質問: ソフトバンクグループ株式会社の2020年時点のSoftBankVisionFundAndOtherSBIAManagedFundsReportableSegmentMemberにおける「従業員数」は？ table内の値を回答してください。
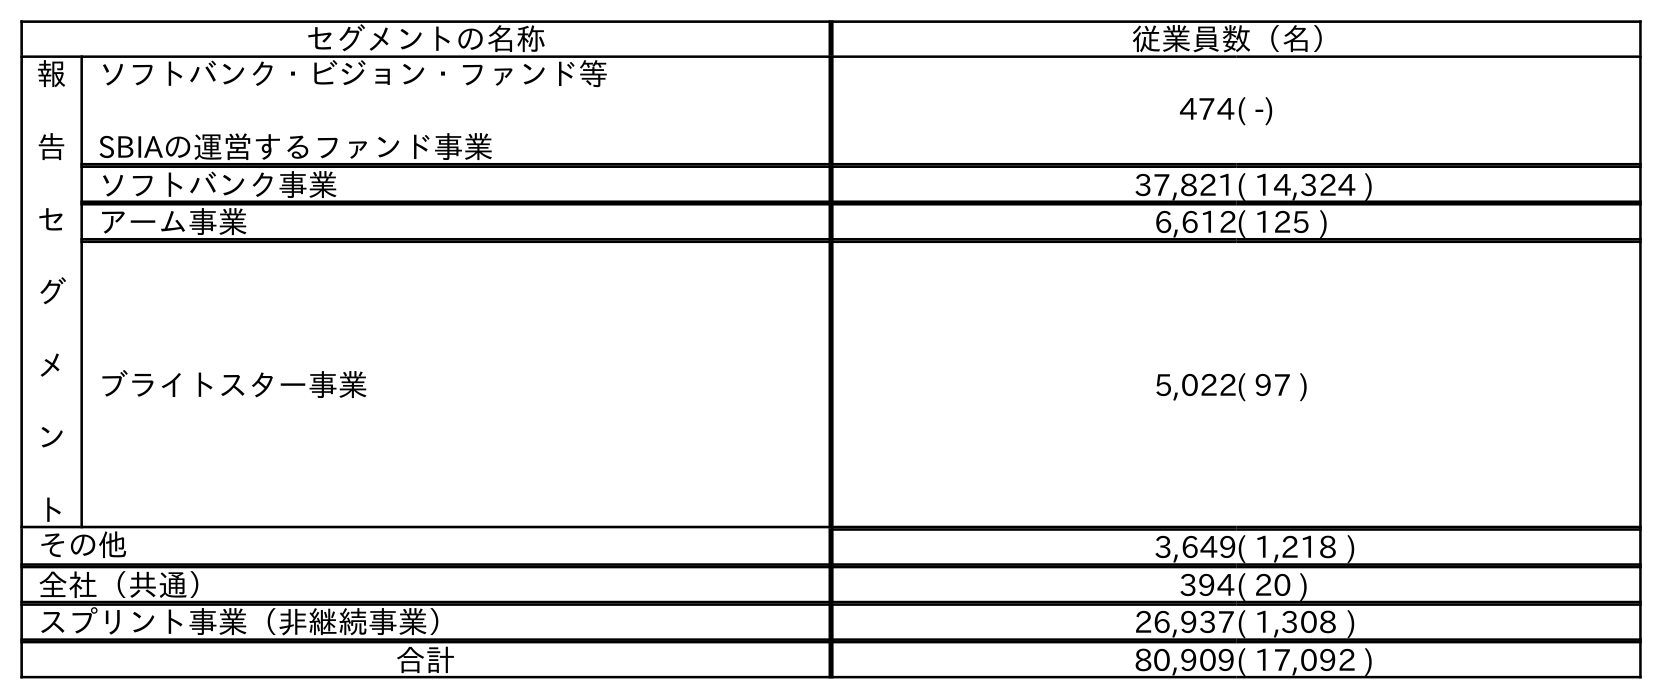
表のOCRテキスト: セグメントの名称 従業員数（名） 報 告 セ グ メ ン ト ソフトバンク・ビジョン・ファンド等 SBIAの運営するファンド事業 474( -) ソフトバンク事業 37,821( 14,324 ) アーム事業 6,612( 125 ) ブライトスター事業 5,022( 97 ) その他 3,649( 1,218 ) 全社（共通） 394( 20 ) スプリント事業（非継続事業） 26,937( 1,308 ) 合計 80,909( 17,092 )
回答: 474